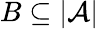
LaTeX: B\subseteq|{\mathcal{A}}|